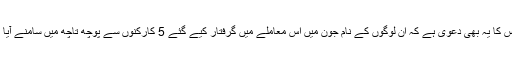
پولیس کا یہ بھی دعویٰ ہے کہ ان لوگوں کے نام جون میں اس معاملے میں گرفتار کیے گئے 5 کارکنوں سے پوچھ تاچھ میں سامنے آیا ہے۔